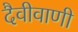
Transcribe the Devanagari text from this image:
दैवीवाणी